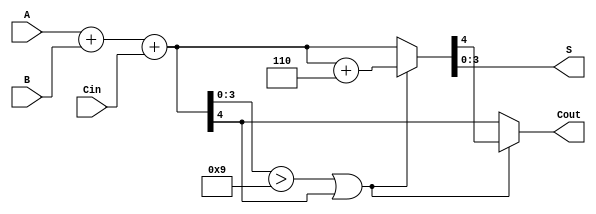
module bcd_ripple_carry_adder (
    input [3:0] A,      // 4-bit BCD input A
    input [3:0] B,      // 4-bit BCD input B
    input Cin,          // Carry-in
    output reg [3:0] S, // 4-bit BCD output sum
    output reg Cout     // Carry-out
);

    wire [4:0] sum;     // 5-bit sum to accommodate carry
    wire [3:0] correction; // Correction value (6 in BCD)
    wire [4:0] corrected_sum; // Corrected sum after adding 6

    // Binary addition of A, B, and Cin
    assign sum = A + B + Cin;

    // Determine if correction is needed
    // Correction needed if sum > 9 (1001 in binary) or if there is a carry-out
    wire need_correction = (sum[3:0] > 4'b1001) || sum[4];

    // Correction value (6 in binary)
    assign correction = 4'b0110;

    // Apply correction if needed
    assign corrected_sum = need_correction ? (sum + correction) : sum;

    // Assign outputs
    always @(*) begin
        S = corrected_sum[3:0]; // 4-bit output
        Cout = need_correction ? corrected_sum[4] : sum[4]; // Carry-out
    end

endmodule